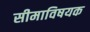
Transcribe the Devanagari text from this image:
सीमाविषयक